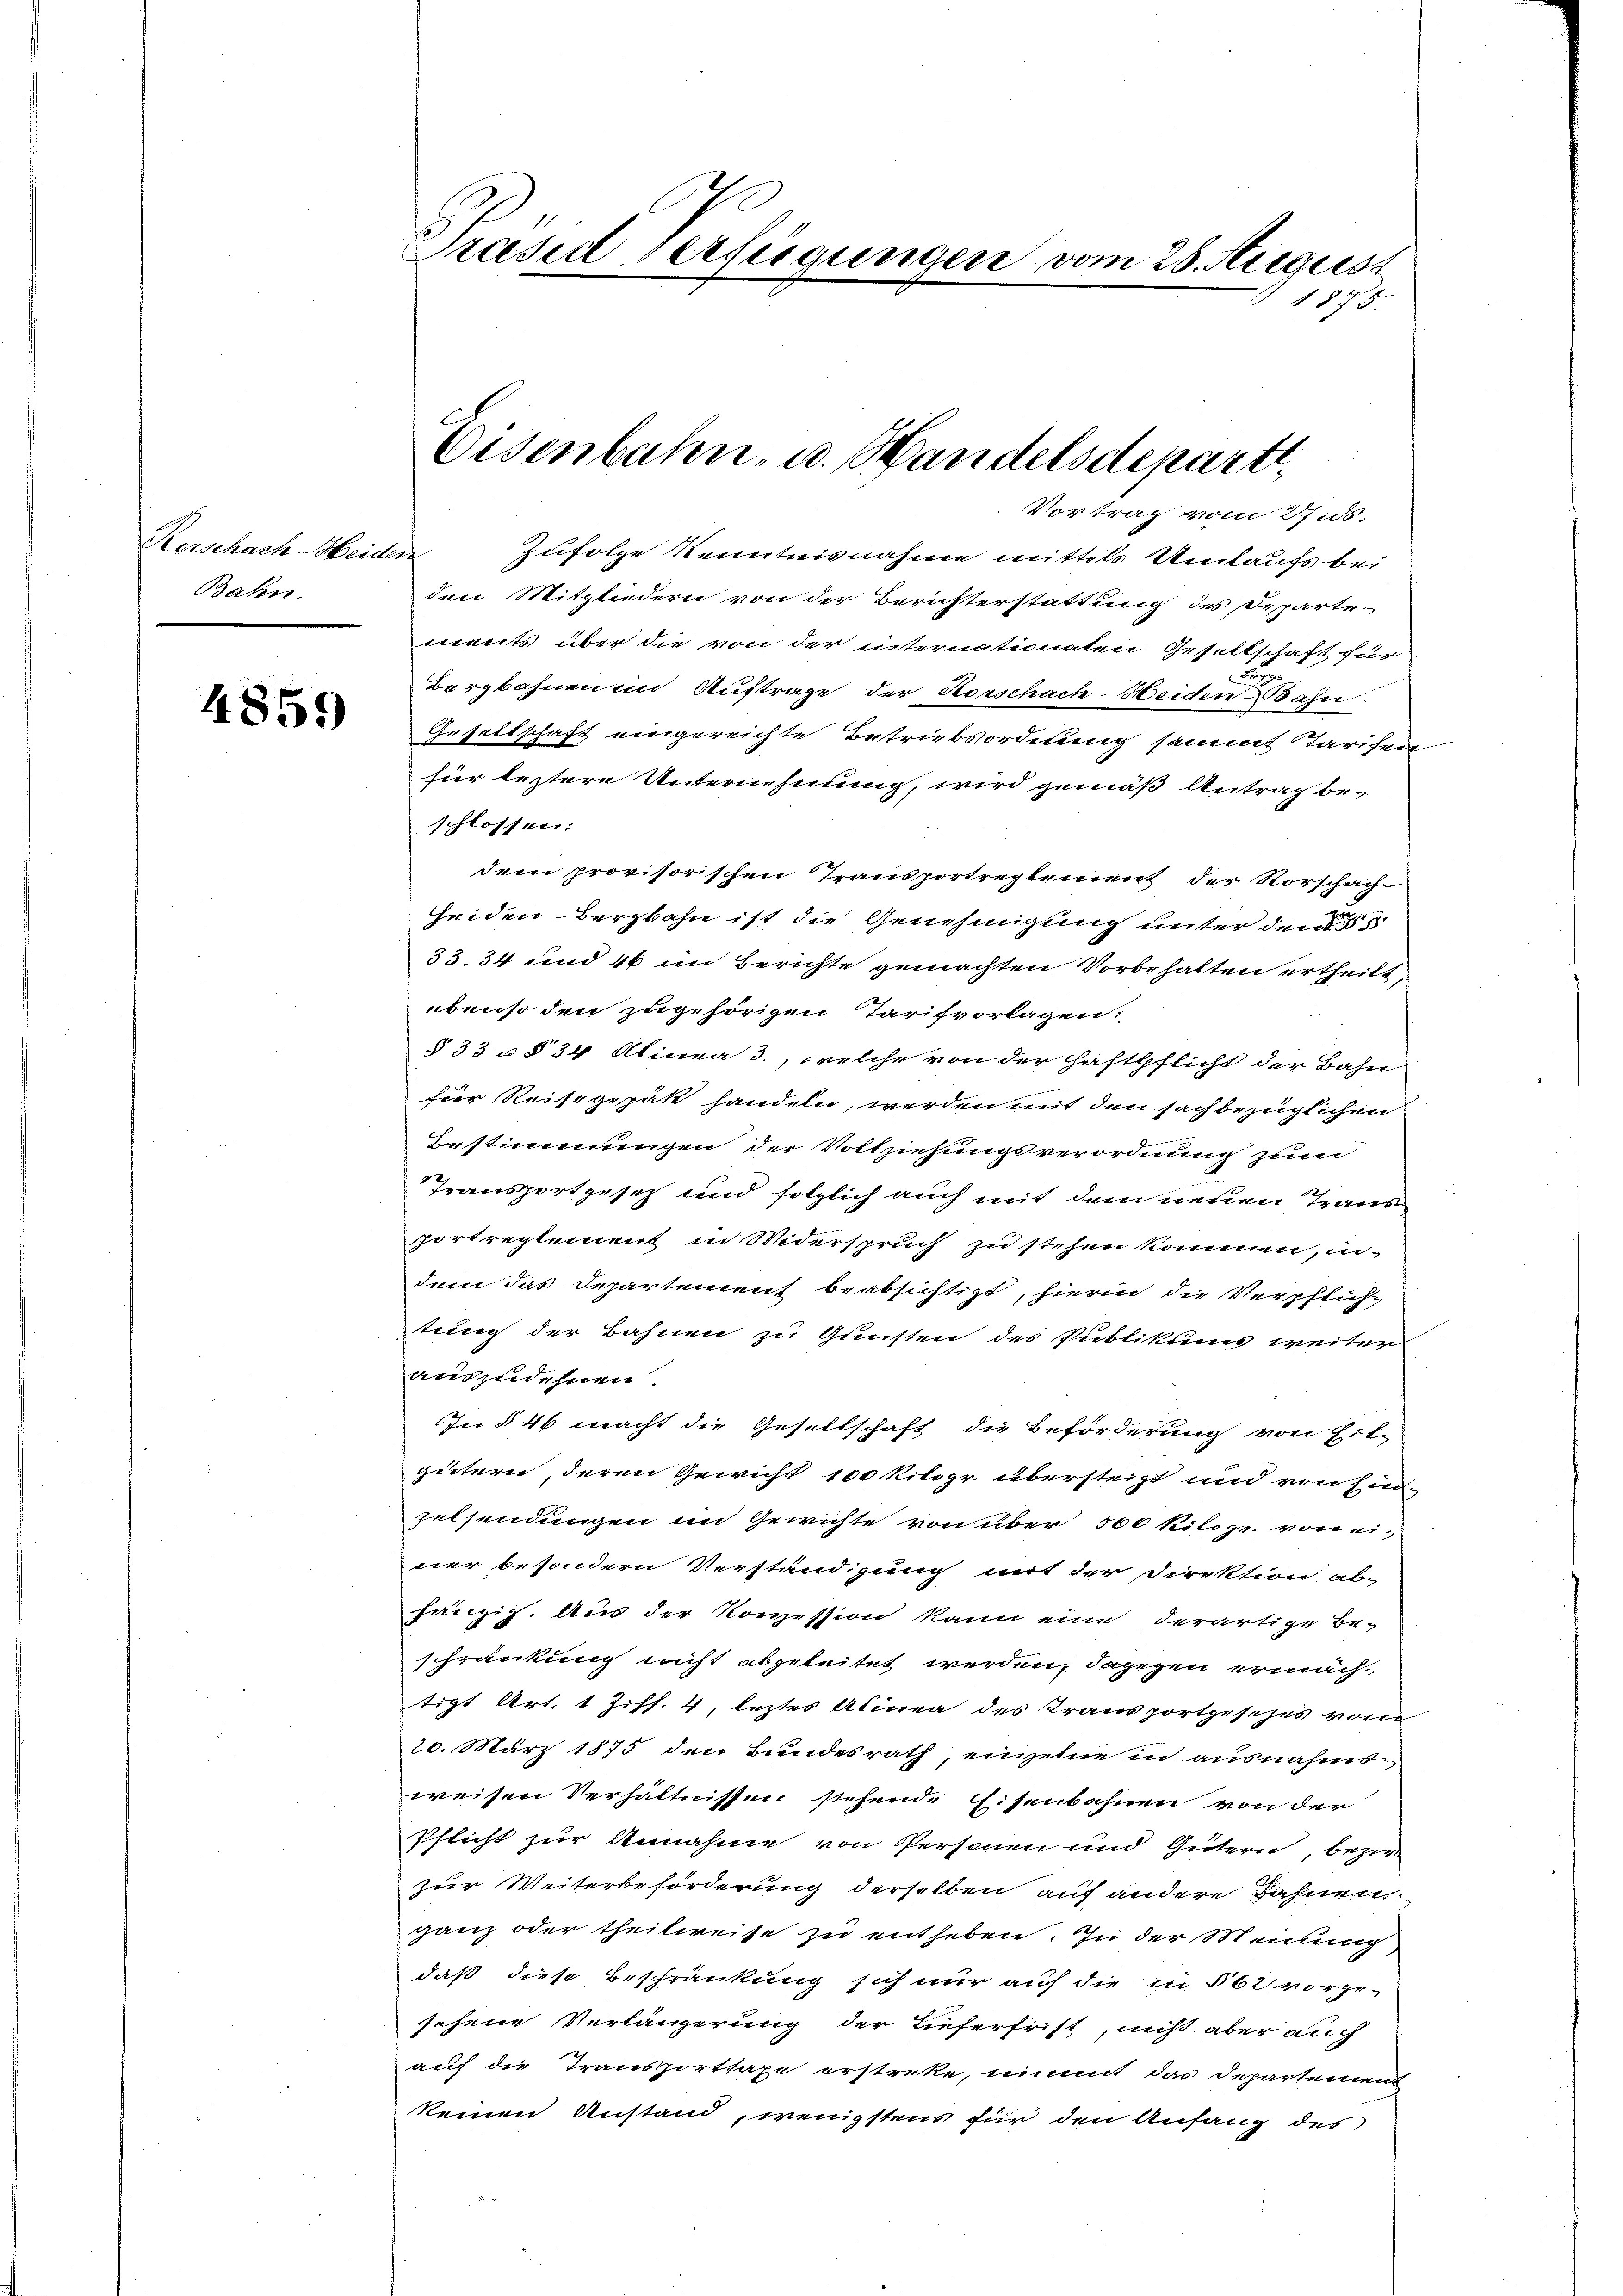
Kerschach-Heiden
Bahn.

4859

Präsid Verfügungen vom 28. August
1875.

Eisenbahn- u. Handelsdeparte,

Vortrag vom 27.5.
Zufolge Kenntnisnahme mittels Umlaufs bei
den Mitgliedern von der Berichterstattung des Departements über die von der internationaten Gesellschaft für
u
Bergbahnen im Auftrage der Horschach-Weiden Bahn
Gesellschaft eingereichte Betriebsordnung sammt Tarifen
für leztere Unternehmung, wird gemäß Antrag beschlossen:
dem provisorischen Transportreglement der Vorschach
seiden - Bergbahn ist die Genehmigung unter den 5
33. 34 und 46 im Berichte gemachten Vorbehalten ertheilt,
ebenso den zugehörigen Tarifvorlagen:
§ 33 u § 34 Alinea 3., welche von der Haftpflicht der Bahn
i
für Reisegepak handeln, werden mit den sachbezüglichen
Bestimmungen der Vollziehungsverordnung zum
Transportgesez und folglich auch mit dem neuen Trans
portreglement in Widerspruch zu stehen kommen, in
dem das Departement beabsichtigt, hierin die Verpflich-
tung der Bahnen zu Gunsten des Publikums weiter
auszudehnen.
In § 46 macht die Gesellschaft die Beförderung von Eil-
giitern, deren Gewicht 100 Kilogr. übersteigt und von Ein
zulsendungen im Gewichte von über 500 Kiloge von einer besondern Verständigung mit der Direktion ab-
hängig. Aus der Konzession kann eine derartige Be-
schränkung nicht abgeleitet werden, dagegen ermächtigt Art. 1 Ziff. 4, leztes Alinea des Transportisches vom
20. März 1875 den Bundesrath, einzelne in ausnahmt,
weisen Verhältnissen stehende Eisenbahnen von der
Pflicht zur Annahme von Personen und Gütern, bezwe
zur Weiterbeförderung derselben auf andere Zahnen.
ganz oder theilweise zu entheben. In der Meinung
daß diese Beschränkung sich nur auf die in § 62 vorge-
sehene Verlängerung der Tieferfrist, nicht aber auch
auf die Transportsaxe erstreke, nimmt das Departement
keinen Anstand, wenigstens für den Anfang des
Plan